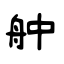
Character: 舯